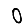
Digit: 0